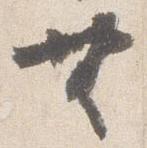
無